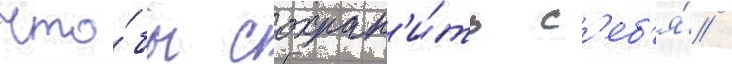
Что́бы сохран'и́ть с'еб'я́ /